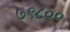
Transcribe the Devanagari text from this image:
७९८००